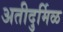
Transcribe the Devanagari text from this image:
अतीदुर्मिळ